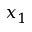
x _ { 1 }